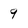
Character: 9